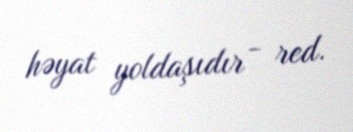
həyat yoldaşıdır - red.